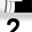
Digit: 2